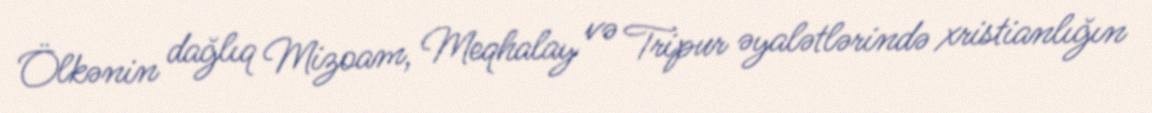
Ölkənin dağlıq Mizoam, Meqhalay və Tripur əyalətlərində xristianlığın